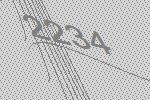
2234